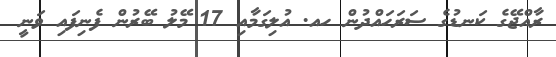
ރާއްޖޭގެ ކަނޑުގެ ސަރަހައްދުން ހއ. އުލިގަމާއި 17 މޭލު ބޭރުން ފެނިފައި ވަނީ